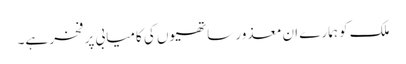
ملک کو ہمارے ان معذور ساتھیوں کی کامیابی پر فخر ہے۔